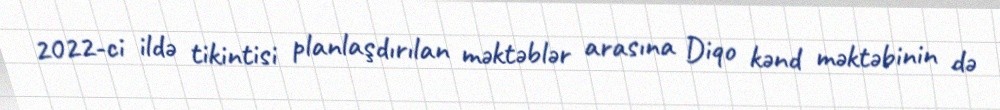
2022-ci ildə tikintisi planlaşdırılan məktəblər arasına Diqo kənd məktəbinin də